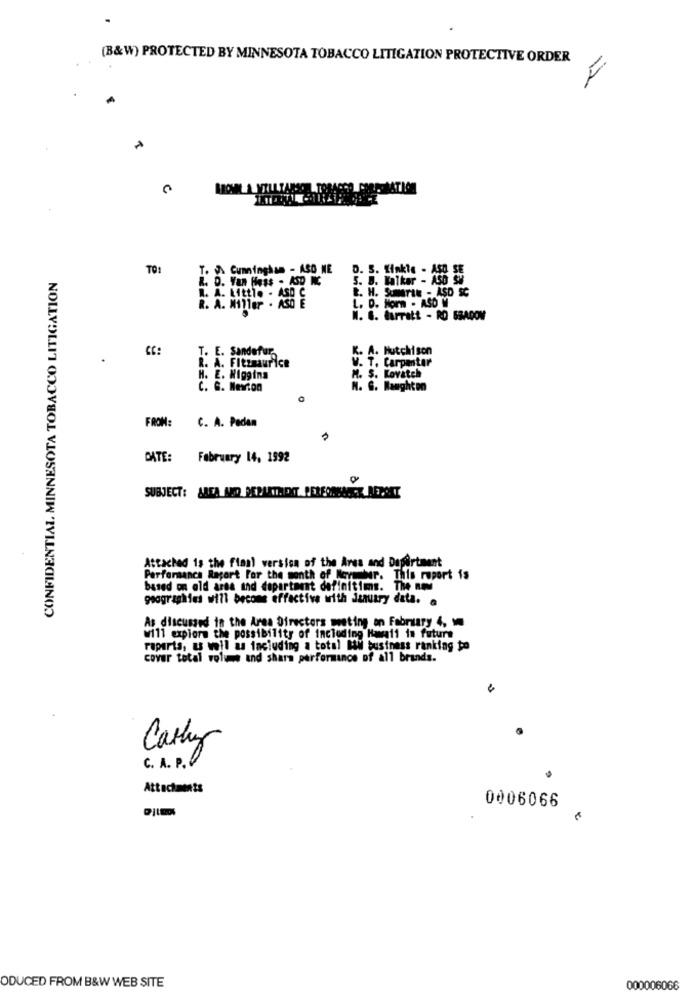
.
(B&W) PROTECTED BY MINNESOTA TOBACCO LITIGATION PROTECTIVE ORDER
BOWL A MILLIARS
TO:
T. V. Cunningham - ASO NE
D. S. Linkte - ASO SE
CONFIDENTIAL MINNESOTA TOBACCO LITIGATION
R. D. Van Hess - ASD INC
5. B. Walker - ASo Si
t. H. SUMITAN - ASD SC
R. A. Miller . ASO E
L. A. Little . ASD C
L. D. Horn - ASD W
N. G. farratt - RO SBACOM
CC:
T. E. Sandefur,
K. A. Hutchison
R. A. Fitzmaurice
V. T. Carpater
H. E. Wiggins
M. S. Kovatch
C. G. Newton
N. S. Baughten
FROM:
C. A. Pedan
DATE:
February 14, 1992
SUBJECT: AREA MOO DEPARTMENT PERFORMANCE REDAKT
Attached is the final version of the Area and Dapertment
Performance Raport For the month of November. This report is
based on old area and dopartant definitims. The nn
geographies will become effective with january data.
As discussed in the Area Directors meting on February 4,
will explore the possibility of including Hawaii in future
raparts, as well as including a total Mil business ranking to
cover total volume and shara performance of all brands.
Carly
C. A. P.
Attachments
0006066
ODUCED FROM B&W WEB SITE
000006066